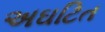
અઘટિત